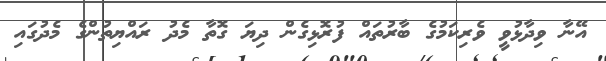
އޭނާ ވިދާޅުވީ ވެރިކަމުގެ ބާރުތައް ފުރޮޅިގެން ދިޔަ ގޮތާ މެދު ރައްޔިތުންގެ މެދުގައި